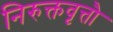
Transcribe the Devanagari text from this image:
निरुक्तवृत्तौ